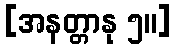
[အနတ္တာနု ၅။]